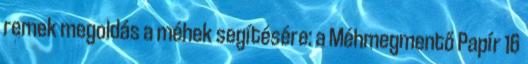
remek megoldás a méhek segítésére: a Méhmegmentő Papír 16